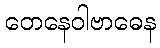
တေနေဝါဗာဓေန